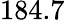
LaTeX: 184.7